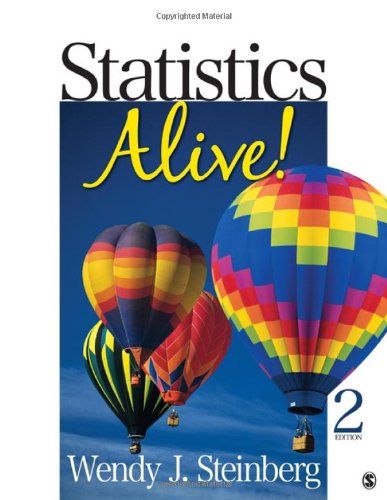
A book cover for Statistics Alive!; Wendy J. Steinberg; Medical Books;